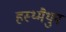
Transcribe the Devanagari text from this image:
हस्थ्मैथुन